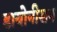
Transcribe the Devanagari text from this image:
डायोनीसन